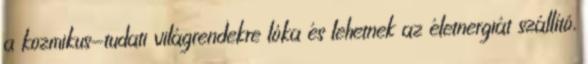
a kozmikus-tudati világrendekre lóka és lehetnek az életnergiát szállító,